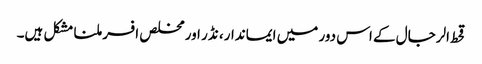
قحط الرجال کے اس دور میں ایماندار، نڈر اور مخلص افسر ملنا مشکل ہیں۔